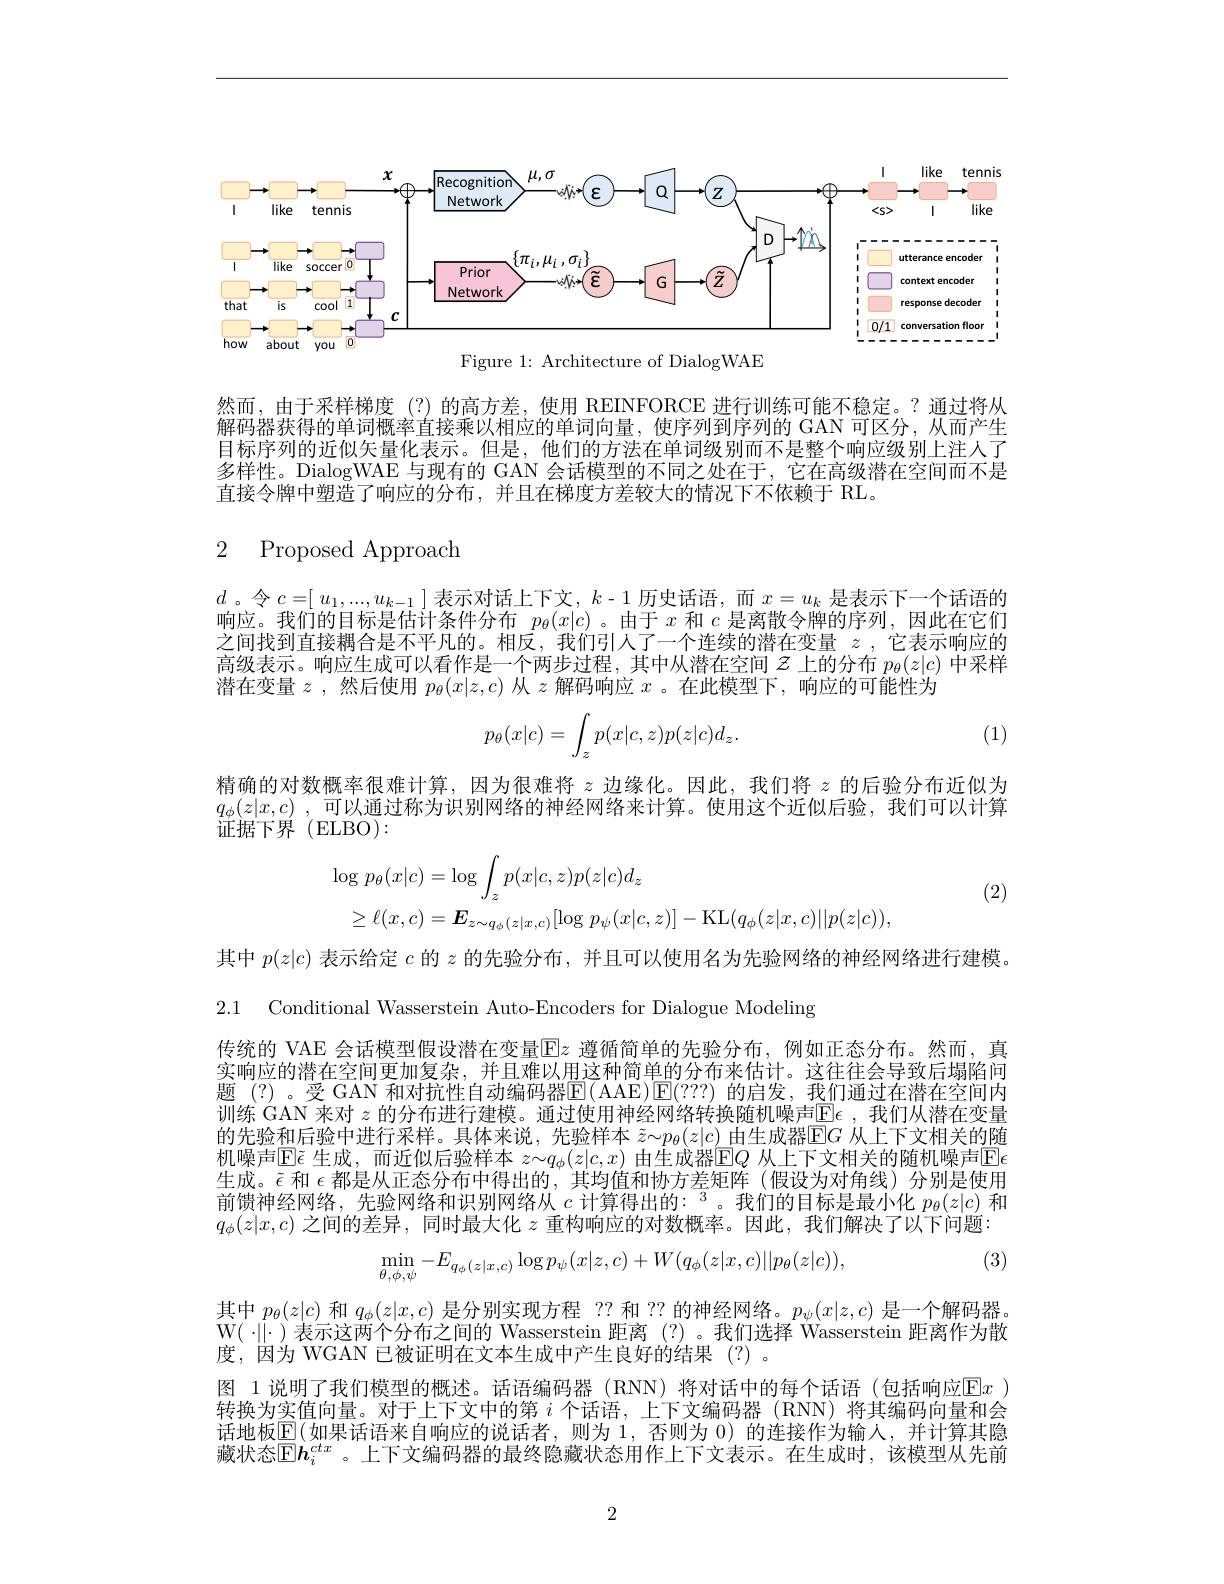
<FigureHere>

Figure 1: Architecture of DialogWAE

然而，由于采样梯度(?)的高方差，使用 REINFORCE 进行训练可能不稳定。?通过将从解码器获得的单词概率直接乘以相应的单词向量，使序列到序列的 GAN 可区分，从而产生目标序列的近似矢量化表示。但是，他们的方法在单词级别而不是整个响应级别上注人了多样性。DialogWAE 与现有的 GAN 会话模型的不同之处在于，它在高级潜在空间而不是直接令牌中塑造了响应的分布，并且在梯度方差较大的情况下不依赖于 RL。

2 Proposed Approach

$d$。令$c=[u_1,...,u_{k-1}]$表示对话上下文$,k-1$历史话语，而$x=u_k$是表示下一个话语的响应。我们的目标是估计条件分布$p_\theta(x|c)$ 。由于$x$和$c$是离散令牌的序列，因此在它们之间找到直接耦合是不平凡的。相反，我们引人了一个连续的潜在变量$z$,它表示响应的高级表示。响应生成可以看作是一个两步过程，其中从潜在空间$z$上的分布$p_\theta(z|c)$中采样潜在变量$z$ ,然后使用$p_\theta(x|z,c)$从$z$解码响应$x$ 。在此模型下，响应的可能性为
$$p_\theta(x|c)=\int_zp(x|c,z)p(z|c)d_z.$$
(1)

精确的对数概率很难计算，因为很难将$z$边缘化。因此，我们将$z$的后验分布近似为$q_\phi ( z| x, c)$ , 可 以 通 过 称 为 识 别 网 络 的 神 经 网 络 来 计 算 。使 用 这 个 近 似 后 验 , 我 们 可 以 计 算 证据下界(ELBO):
$$\begin{aligned}&\log p_{\theta}(x|c)=\log\int_{z}p(x|c,z)p(z|c)d_{z}\\&\geq\ell(x,c)=\boldsymbol{E}_{z\sim q_{\phi}(z|x,c)}[\log p_{\psi}(x|c,z)]-\mathrm{KL}(q_{\phi}(z|x,c)||p(z|c)),\end{aligned}$$
(2)

其中$p(z|c)$表示给定$c$的$z$的先验分布，并且可以使用名为先验网络的神经网络进行建模。

2.1 Conditional Wasserstein Auto-Encoders for Dialogue Modeling

传统的 VAE 会话模型假设潜在变量$\boxed{\mathbb{E}}z$ 遵循简单的先验分布，例如正态分布。然而，真实响应的潜在空间更加复杂，并且难以用这种简单的分布来估计。这往往会导致后塌陷问题 (?)。受 GAN 和对抗性自动编码器E(AAE)E(???) 的启发，我们通过在潜在空间内训练 GAN 来对 $z$ 的分布进行建模。通过使用神经网络转换随机噪声$\operatorname{E\epsilon}$ ,我们从潜在变量的先验和后验中进行采样。具体来说，先验样本$\tilde{z}\sim p_\theta(z|c)$由生成器$\operatorname{E}G$从上下文相关的随机噪声$\mathbb{E}\tilde{\epsilon}$ 生成，而近似后验样本 $z\sim q_\phi(z|c,x)$ 由生成器$\mathbb{E}Q$ 从上下文相关的随机噪声$\mathbb{E}\epsilon$ 生成。$\tilde{\epsilon}$ 和 $\epsilon$都是从正态分布中得出的，其均值和协方差矩阵(假设为对角线)分别是使用前馈神经网络，先验网络和识别网络从$c\text{ 计算得出的：}^3$。我们的目标是最小化$p_\theta(z|c)$和$q_\phi(z|x,c)$之间的差异，同时最大化$z$重构响应的对数概率。因此，我们解决了以下问题：
$$\min_{\theta,\phi,\psi}-E_{q_{\phi}(z|x,c)}\log p_{\psi}(x|z,c)+W(q_{\phi}(z|x,c)||p_{\theta}(z|c)),$$
(3)

其中$p_\theta(z|c)$和$q_\phi(z|x,c)$是分别实现方程 ?? 和 ?? 的神经网络。$p_\psi(x|z,c)$是一个解码器$\mathcal{W}(\cdot\|\cdot)$表示这两个分布之间的 Wasserstein 距离 (?)。我们选择 Wasserstein 距离作为散度，因为 WGAN 已被证明在文本生成中产生良好的结果(?).
图 1 说明了我们模型的概述。话语编码器 (RNN) 将对话中的每个话语 (包括响应$\overline{\mathrm{E}}x$ ) 转换为实值向量。对于上下文中的第$i$个话语，上下文编码器 (RNN) 将其编码向量和会话地板$\boxed{\mathrm{E}}($如果话语来自响应的说话者，则为 1, 否则为 0) 的连接作为输入，并计算其隐藏状态$\mathbb{E}\boldsymbol{h}_i^{ctx}$ 。上下文编码器的最终隐藏状态用作上下文表示。在生成时，该模型从先前

2